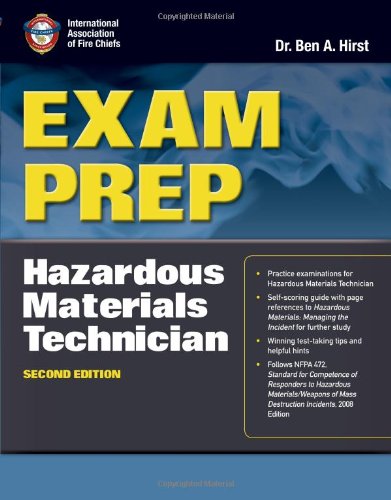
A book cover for Exam Prep: Hazardous Materials Technician; Dr.  Ben Hirst, Performance Training Systems; Test Preparation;